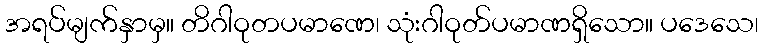
အရပ်မျက်နှာမှ။ တိဂါဝုတပမာဏေ၊ သုံးဂါဝုတ်ပမာဏရှိသော။ ပဒေသေ၊